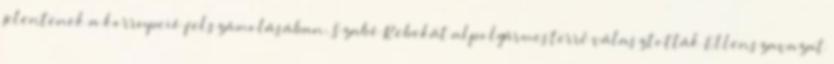
jelentenek a korrupció felszámolásában. Szabó Rebekát alpolgármesterré választották Ellenszavazat